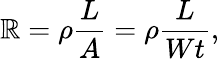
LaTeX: \mathbb{R}=\rho{\frac{{L}}{{A}}}=\rho{\frac{{L}}{{Wt}}},